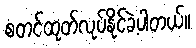
စတင်ထုတ်လုပ်နိုင်ခဲ့ပါတယ်။